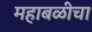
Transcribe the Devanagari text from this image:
महाबळीचा